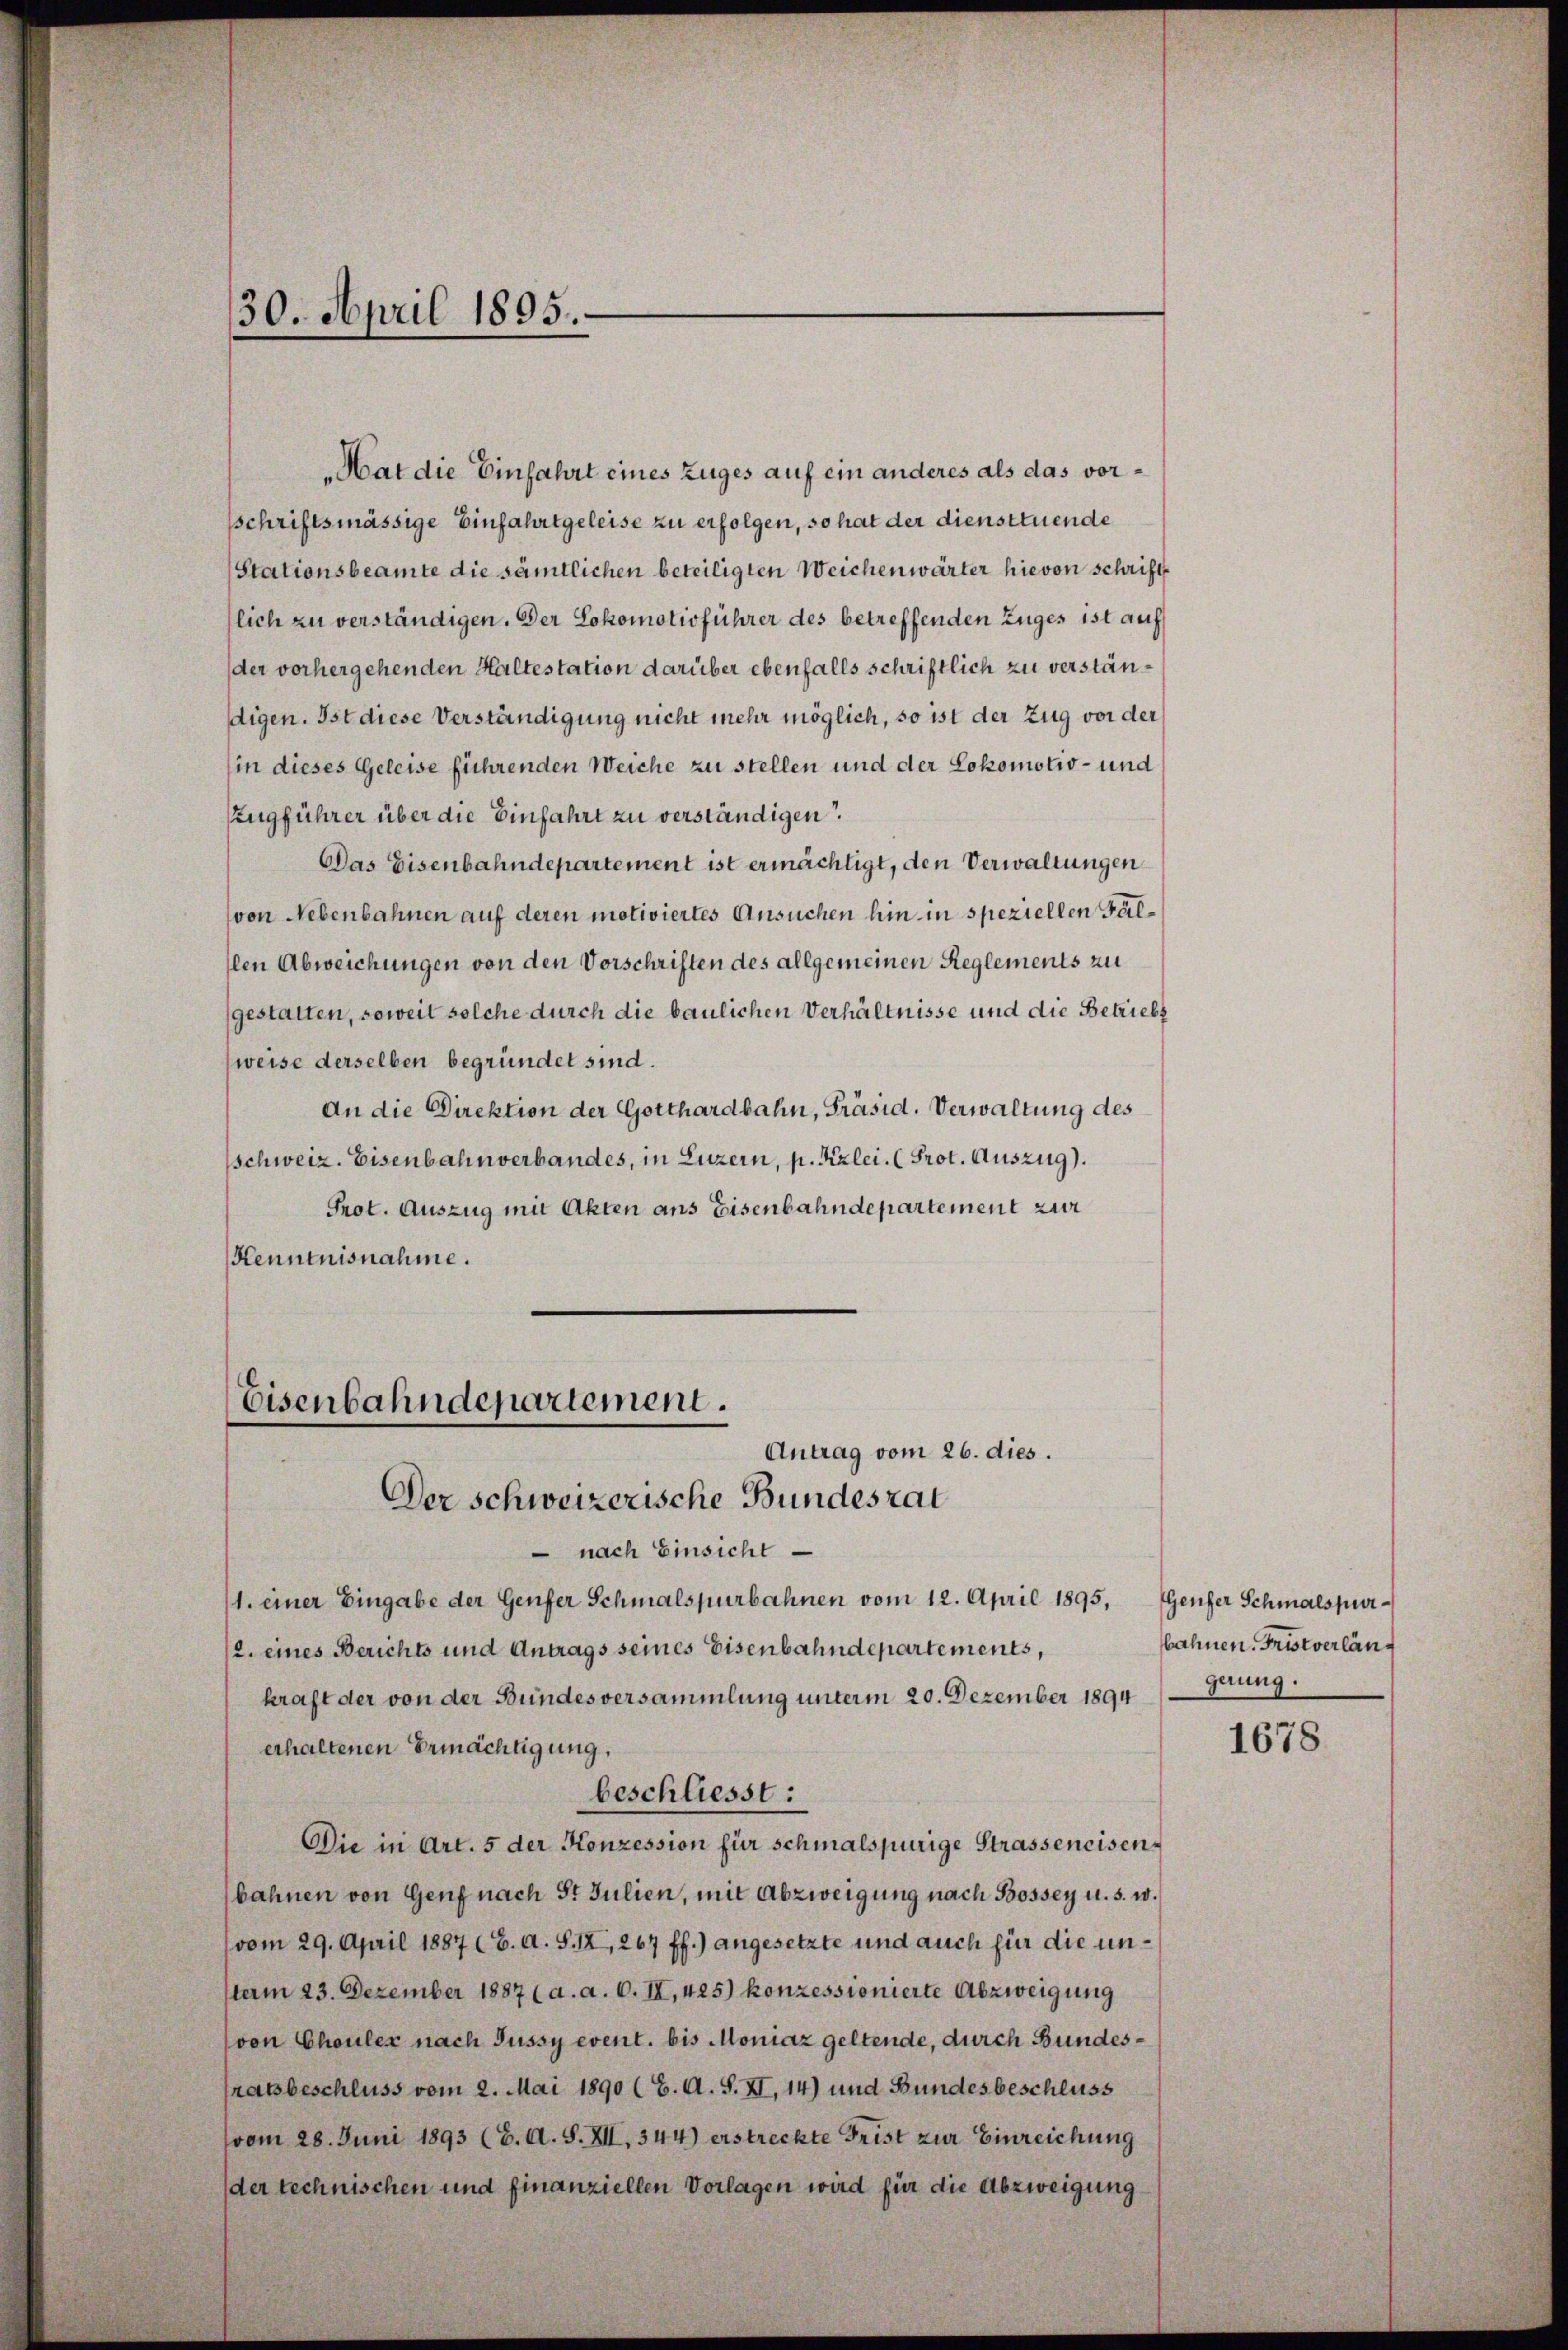
30. April 1895.

Hat die Einfahrt eines Zuges auf ein anderes als das vorsschriftsmässige Einfahrtgeleise zu erfolgen, so hat der diensttuende
Stationsbeamte die sämtlichen beteiligten Weichenwärter hievon schrift
lich zu verständigen. Der Lokomotivführer des betreffenden Zuges ist auf
der vorhergehenden Haltestation darüber ebenfalls schriftlich zu verständigen. Ist diese Verständigung nicht mehr möglich, so ist der Zug vor der
(in dieses Geleise führenden Weiche zu stellen und der Lokomotiv- und
Zugführer über die Einfahrt zu verständigen.
Das Eisenbahndepartement ist ermächtigt, den Verwaltungen
von Nebenbahnen auf deren motiviertes Ansuchen hin in speziellen Fällen Abweichungen von den Vorschriften des allgemeinen Reglements zu
gestatten, soweit solche durch die baulichen Verhältnisse und die Betriebs
weise derselben begründet sind.
An die Direktion der Gotthardbahn, Präsid. Verwaltung des
schweiz. Eisenbahnverbandes, in Luzern, p. Kizlei. (Prot. Auszug.
Prot. Auszug mit Akten ans Eisenbahndepartement zur
Kenntnisnahme.
Eisenbahndepartement.
Antrag vom 26. dies.

Der schweizerische Bundesrat

nach Einsicht
1. einer Eingabe der Genfer Schmalspurbahnen vom 12. April 1895,
2. eines Berichts und Antrags seines Eisenbahndepartements,
kraft der von der Bundesversammlung unterm 20. Dezember 1894
erhaltenen Ermächtigung,
beschliesst:
Die in Art. 5 der Konzession für schmalspurige Strasseneisenbahnen von Genf nach St. Julien, mit Abzweigung nach Bossey u. s. w.
vom 29. April 1887 (C. a. S. IX, 267 ff.) angesetzte und auch für die unvom 23. Dezember 1887 (a. a. O. II, 425) konzessionierte Abzweigung
von Chouler nach Fussy event. bis Moniaz geltende, durch Bundesratsbeschluss vom 2. Mai 1890 (E. A. S. XI, 14) und Bundesbeschluss
(vom 28. Juni 1893 (6. A. S. XII, 344) erstreckte Frist zur Einreichung
der technischen und finanziellen Vorlagen wird für die Abzweigung

Genfer Schmalspur-
bahnen. Fristverläng
gerung.

1678.